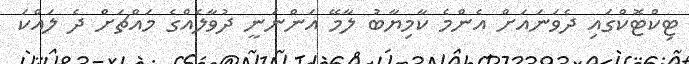
ޓިކްޓޮކްގައި ދެވަނައަށް އެންމެ ކާމިޔާބު ލާމޭ އަންނަނީ ދުވާލެއްގެ މައްޗަށް ދެ ލައްކަ